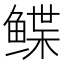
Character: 鲽